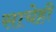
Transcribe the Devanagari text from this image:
साचेही